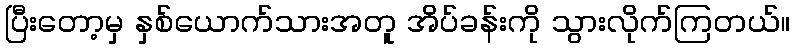
ပြီးတော့မှ နှစ်ယောက်သားအတူ အိပ်ခန်းကို သွားလိုက်ကြတယ်။